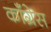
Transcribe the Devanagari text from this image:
कॉँंग्रेस